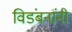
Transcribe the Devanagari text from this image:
विडंबनांनी